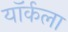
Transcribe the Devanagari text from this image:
यॉर्कला